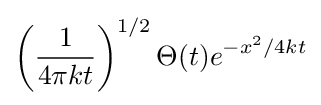
\left({\frac {1}{4\pi kt}}\right)^{1/2}\Theta (t)e^{-x^{2}/4kt}